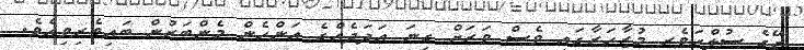
ރޭގެ ސުލްހަވެރި މުޒާހަރާގައި ވެސް ވަރަށް ގިނަ އަދަދެއްގެ އަންހެން މެންބަރުން ބައިވެރިވިއެވެ.